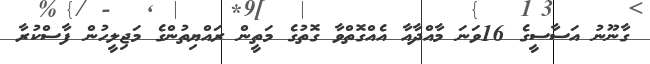
ގާނޫނު އަސާސީގެ 16ވަނަ މާއްދާއާ އެއްގޮތްވާ ގޮތުގެ މަތީން ރައްޔިތުންގެ މަޖިލީހުން ފާސްކުރާ